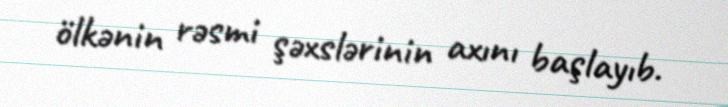
ölkənin rəsmi şəxslərinin axını başlayıb.